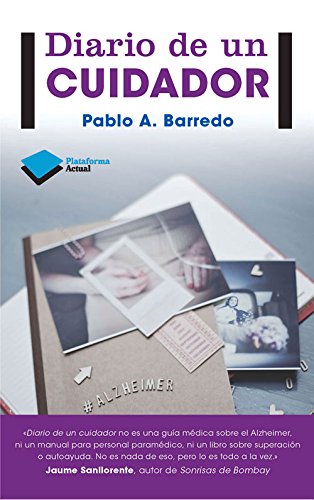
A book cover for Diario de un cuidador (Plataforma actual) (Spanish Edition); Pablo A. Barredo; Medical Books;